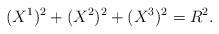
LaTeX: \begin{align*}(X^1)^2+(X^2)^2+(X^3)^2=R^2.\end{align*}